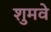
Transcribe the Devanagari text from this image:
शुमवे